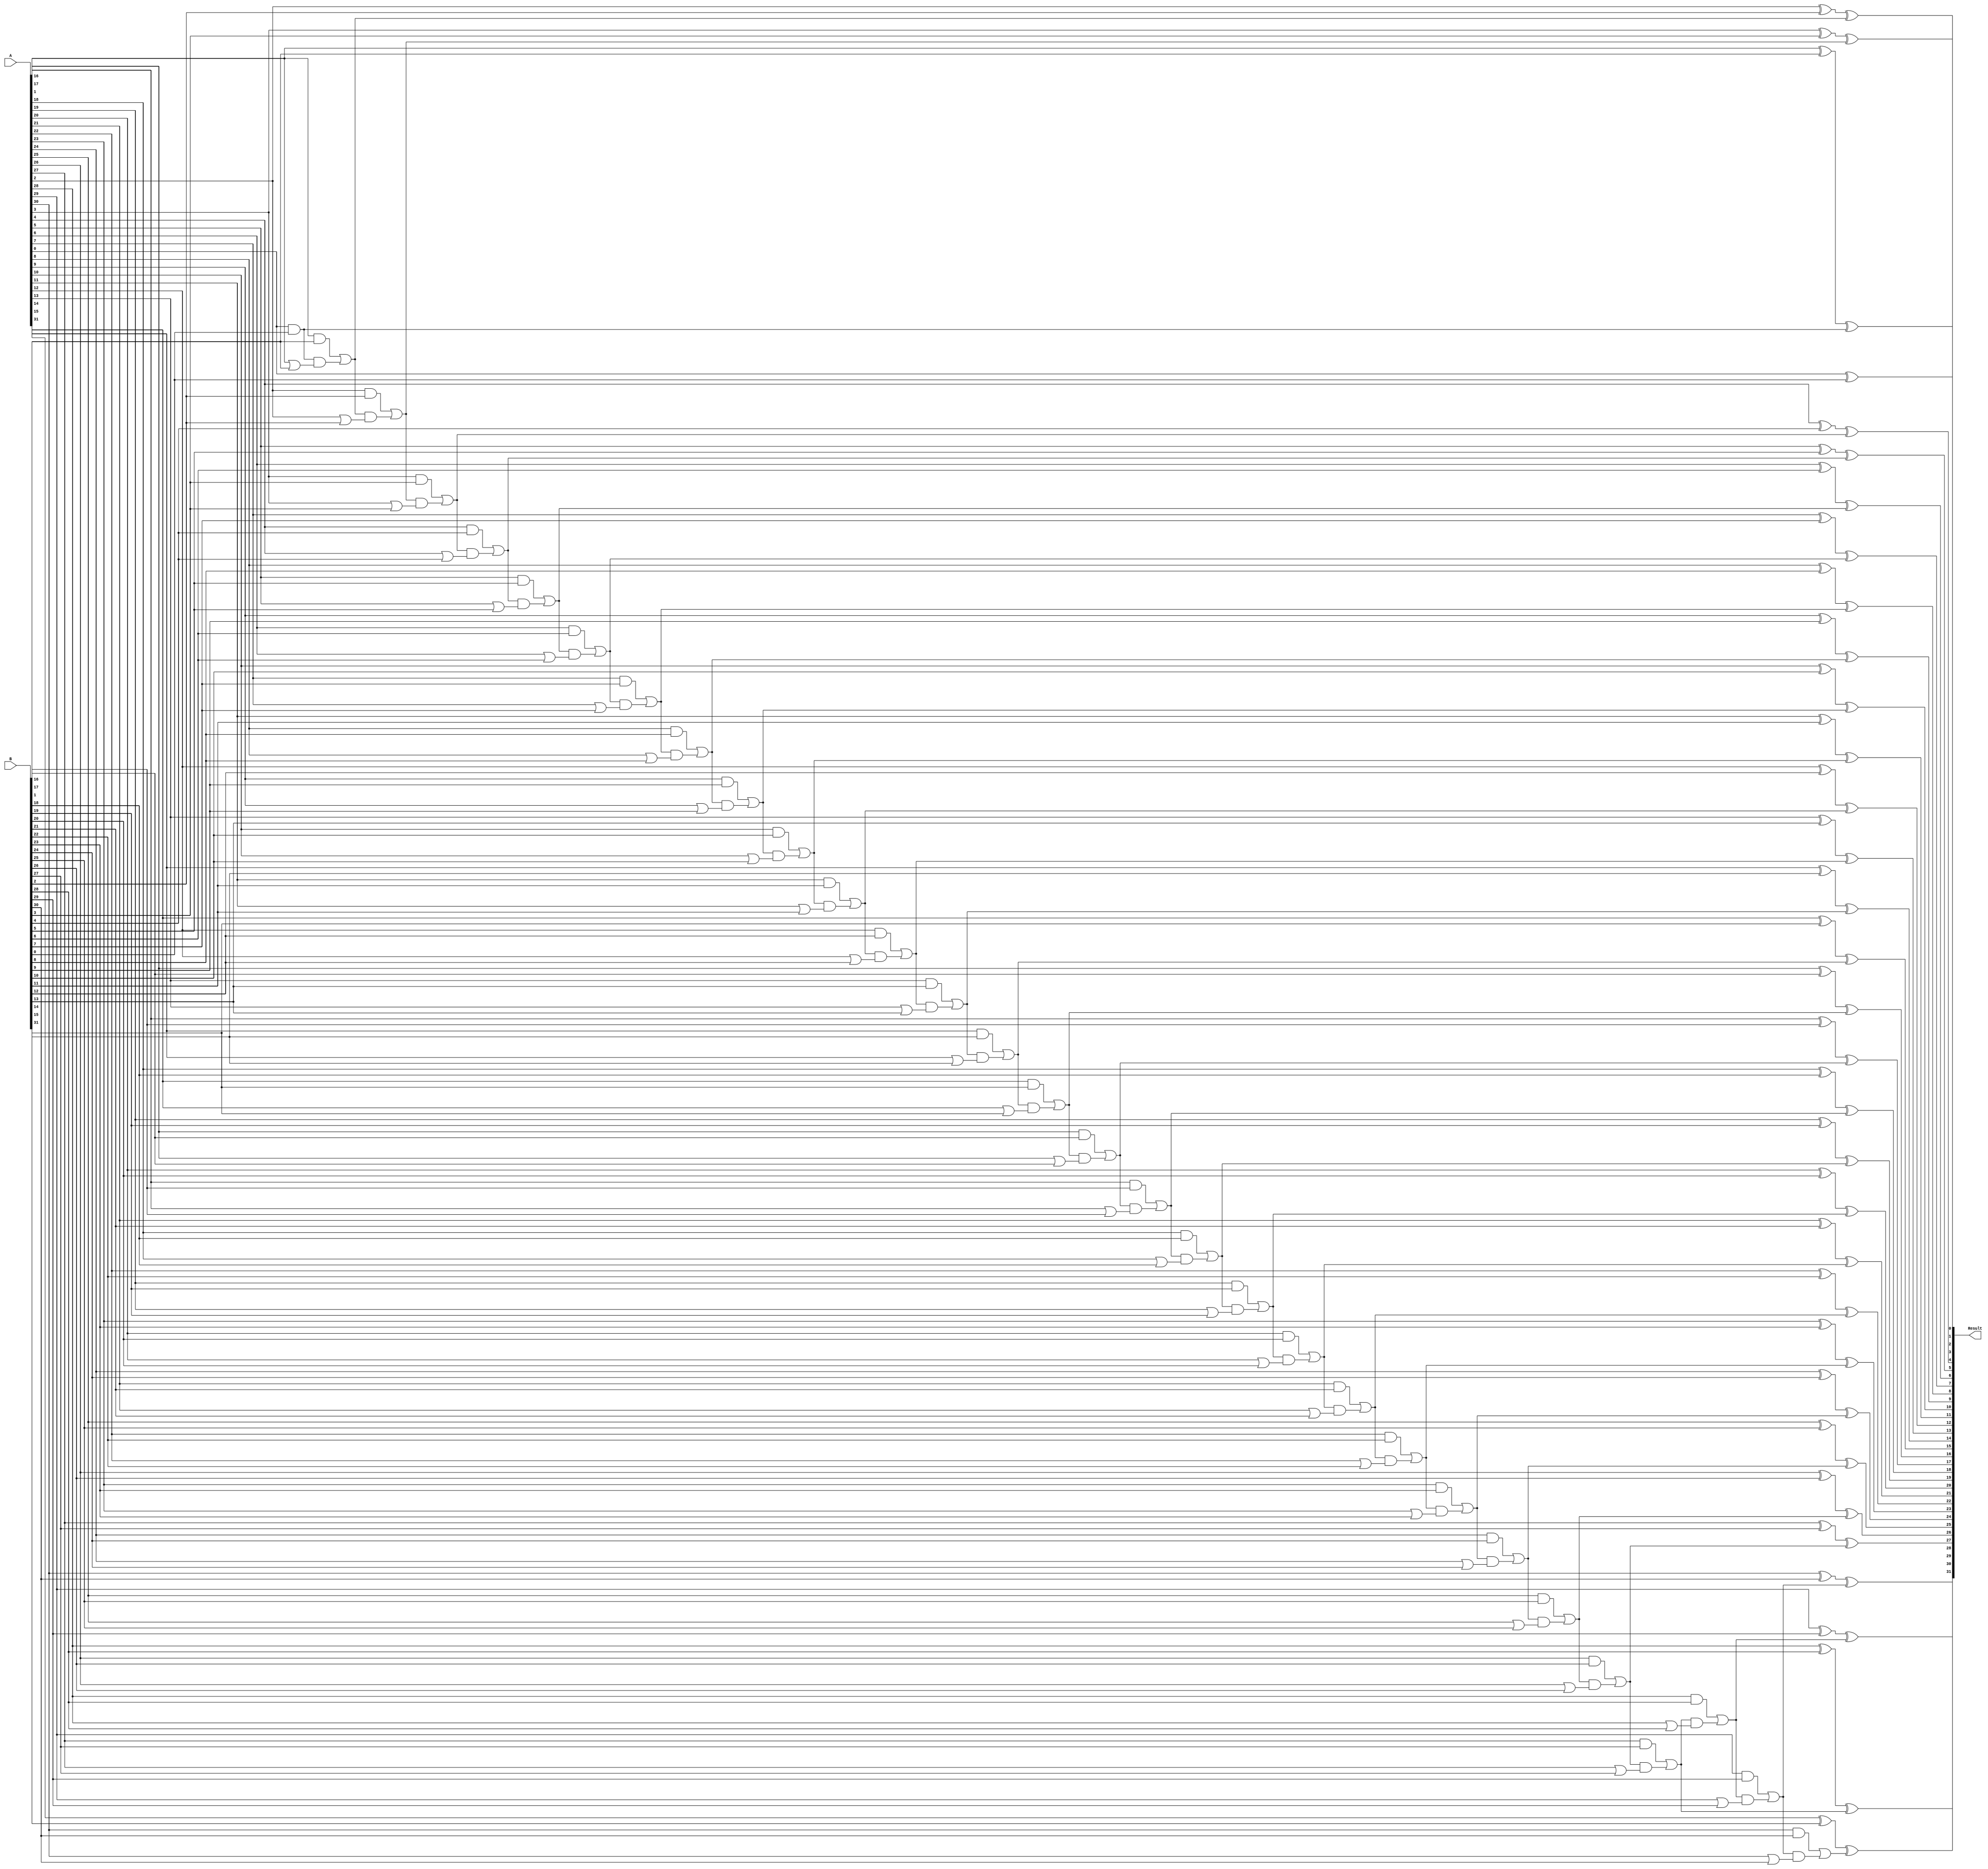
module adder(A, B, Result);

input [31:0] A, B;
output [31:0] Result;

reg [31:0] Result;
reg [32:0] LocalCarry;

integer i;

always@(A or B)
	begin
		LocalCarry = 33'd0;
		for (i = 0; i < 32; i = i + 1)
		begin
				Result[i] = A[i]^B[i]^LocalCarry[i];
				LocalCarry[i+1] = (A[i]&B[i])|(LocalCarry[i]&(A[i]|B[i]));
		end
end
endmodule